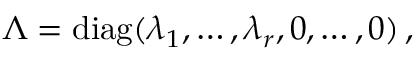
\begin{array} { r } { \Lambda = \mathrm { d i a g } ( \lambda _ { 1 } , \dots , \lambda _ { r } , 0 , \dots , 0 ) \, , } \end{array}